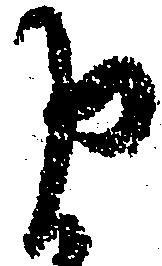
申